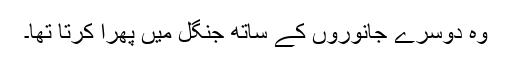
وہ دوسرے جانوروں کے ساتھ جنگل میں پھرا کرتا تھا۔